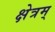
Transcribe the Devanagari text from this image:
क्षेत्रम्